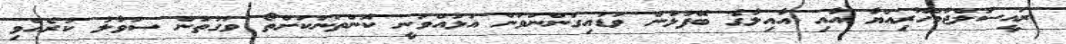
ރައީސުލްޖުމްހޫރިއްޔާ އާއި އާއިލާގެ ބޭފުޅުން ވަޑައިގަންނަވަން އުޅުއްވަނީ ކޮންތަނަކަށްތޯ ވަގުތުން ސުވާލު ކުރެއްވި